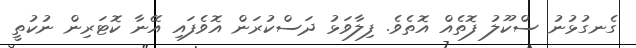
ގެނގުޅުނު ސްކޫލު ފޮތެއް އޮތެވެ. ފިލާވަޅު ދަސްކުރަން އޮވެފައި އޭނާ ކޮޓަރިން ނުކުތީ